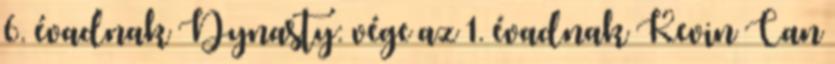
6. évadnak Dynasty: vége az 1. évadnak Kevin Can